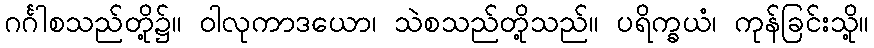
ဂင်္ဂါစသည်တို့၌။ ဝါလုကာဒယော၊ သဲစသည်တို့သည်။ ပရိက္ခယံ၊ ကုန်ခြင်းသို့။